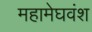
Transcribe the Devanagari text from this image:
महामेघवंश